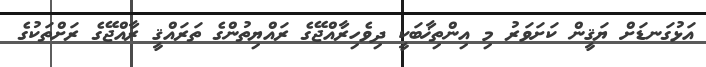
އަޅުގަނޑަށް ޔަޤީން ކަށަވަރު މި އިންތިޚާބަކީ ދިވެހިރާއްޖޭގެ ރައްޔިތުންގެ ތަރައްޤީ ރާއްޖޭގެ ރަށްތަކުގެ